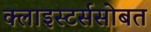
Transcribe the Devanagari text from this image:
क्लाइस्टर्ससोबत